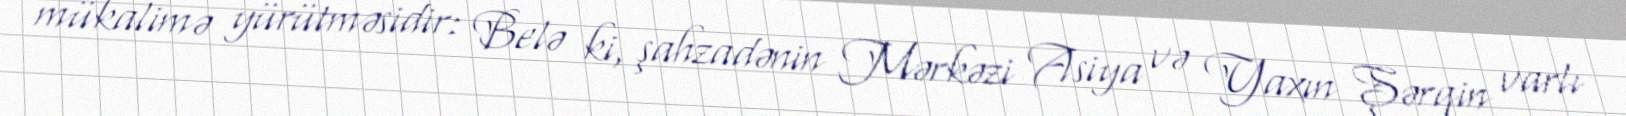
mükalimə yürütməsidir: Belə ki, şahzadənin Mərkəzi Asiya və Yaxın Şərqin varlı